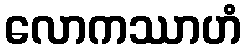
လောကဿာဟံ